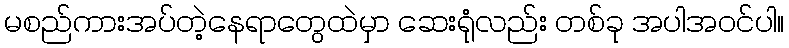
မစည်ကားအပ်တဲ့နေရာတွေထဲမှာ ဆေးရုံလည်း တစ်ခု အပါအဝင်ပါ။